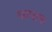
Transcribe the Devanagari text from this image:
व्यपाक